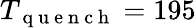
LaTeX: T_{\mathrm{~q~u~e~n~c~h~}}=195